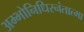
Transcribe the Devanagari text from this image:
अम्भोनिधिरनंतात्मा